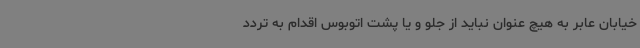
خیابان عابر به هیچ عنوان نباید از جلو و یا پشت اتوبوس اقدام به تردد